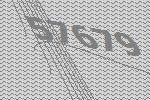
57679